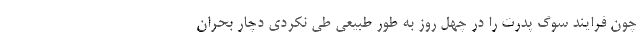
چون فرایند سوگ پدرت را در چهل روز به طور طبیعی طی نکردی دچار بحران